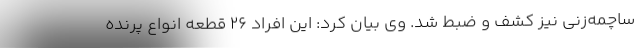
ساچمه‌زنی نیز کشف و ضبط شد. وی بیان کرد: این افراد ۲۶ قطعه انواع پرنده